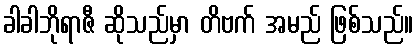
ခါခါဘိုရာဇီ ဆိုသည်မှာ တိဗက် အမည် ဖြစ်သည်။